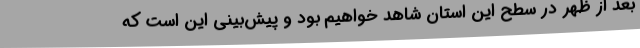
بعد از ظهر در سطح این استان شاهد خواهیم بود و پیش‌بینی این است که